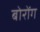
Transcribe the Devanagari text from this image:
बोरोंग